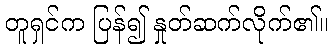
တူရှင်က ပြန်၍ နှုတ်ဆက်လိုက်၏။